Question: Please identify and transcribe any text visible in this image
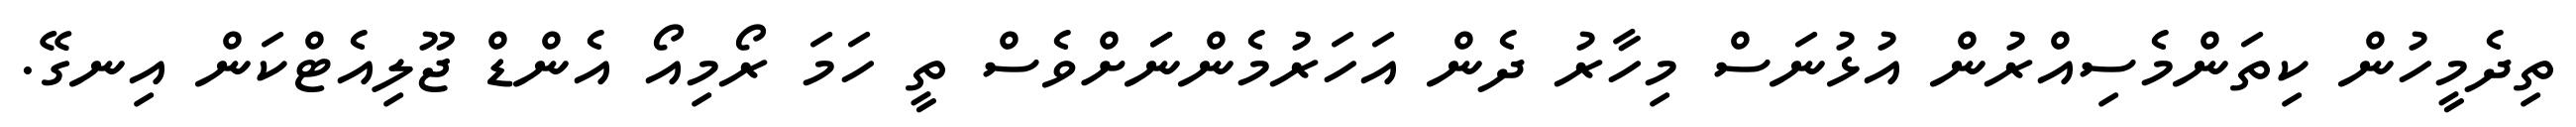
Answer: ތިދެމީހުން ކިތަންމެސިއްރުން އުޅުނަސް މިހާރު ދެން އަހަރުމެންނަަށްވެސް ތީ ހަމަ ރޯމިއޯ އެންޑް ޖޫލިއެޓްކަން އިނގޭ.